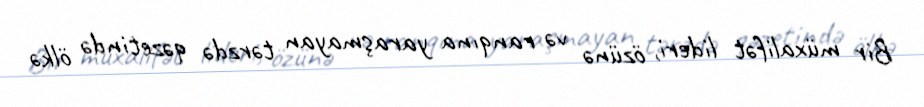
Bir müxalifət lideri, özünə və ranqına yaraşmayan tərzdə qəzetində ölkə